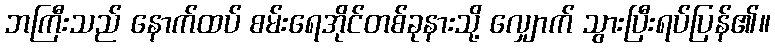
ဘကြီးသည် နောက်ထပ် စမ်းရေအိုင်တစ်ခုနားသို့ လျှောက် သွားပြီးရပ်ပြန်၏။